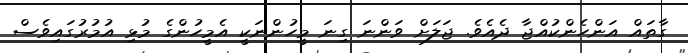
ގާތައް އަންހެންކުއްޖާ ދެއެވެ. ޖަލަށް ވަންނަ ގިނަ މީހުންނަކީ އެމީހުންގެ މުޅި އުމުރުގައިވެސް